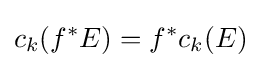
c_{k}(f^{*}E)=f^{*}c_{k}(E)